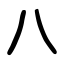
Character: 八